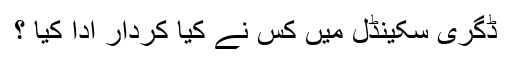
ڈگری سکینڈل میں کس نے کیا کردار ادا کیا ؟